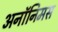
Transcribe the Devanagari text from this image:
अनॉनिमस